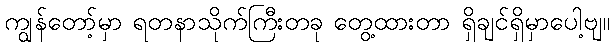
ကျွန်တော့်မှာ ရတနာသိုက်ကြီးတခု တွေ့ထားတာ ရှိချင်ရှိမှာပေါ့ဗျ။